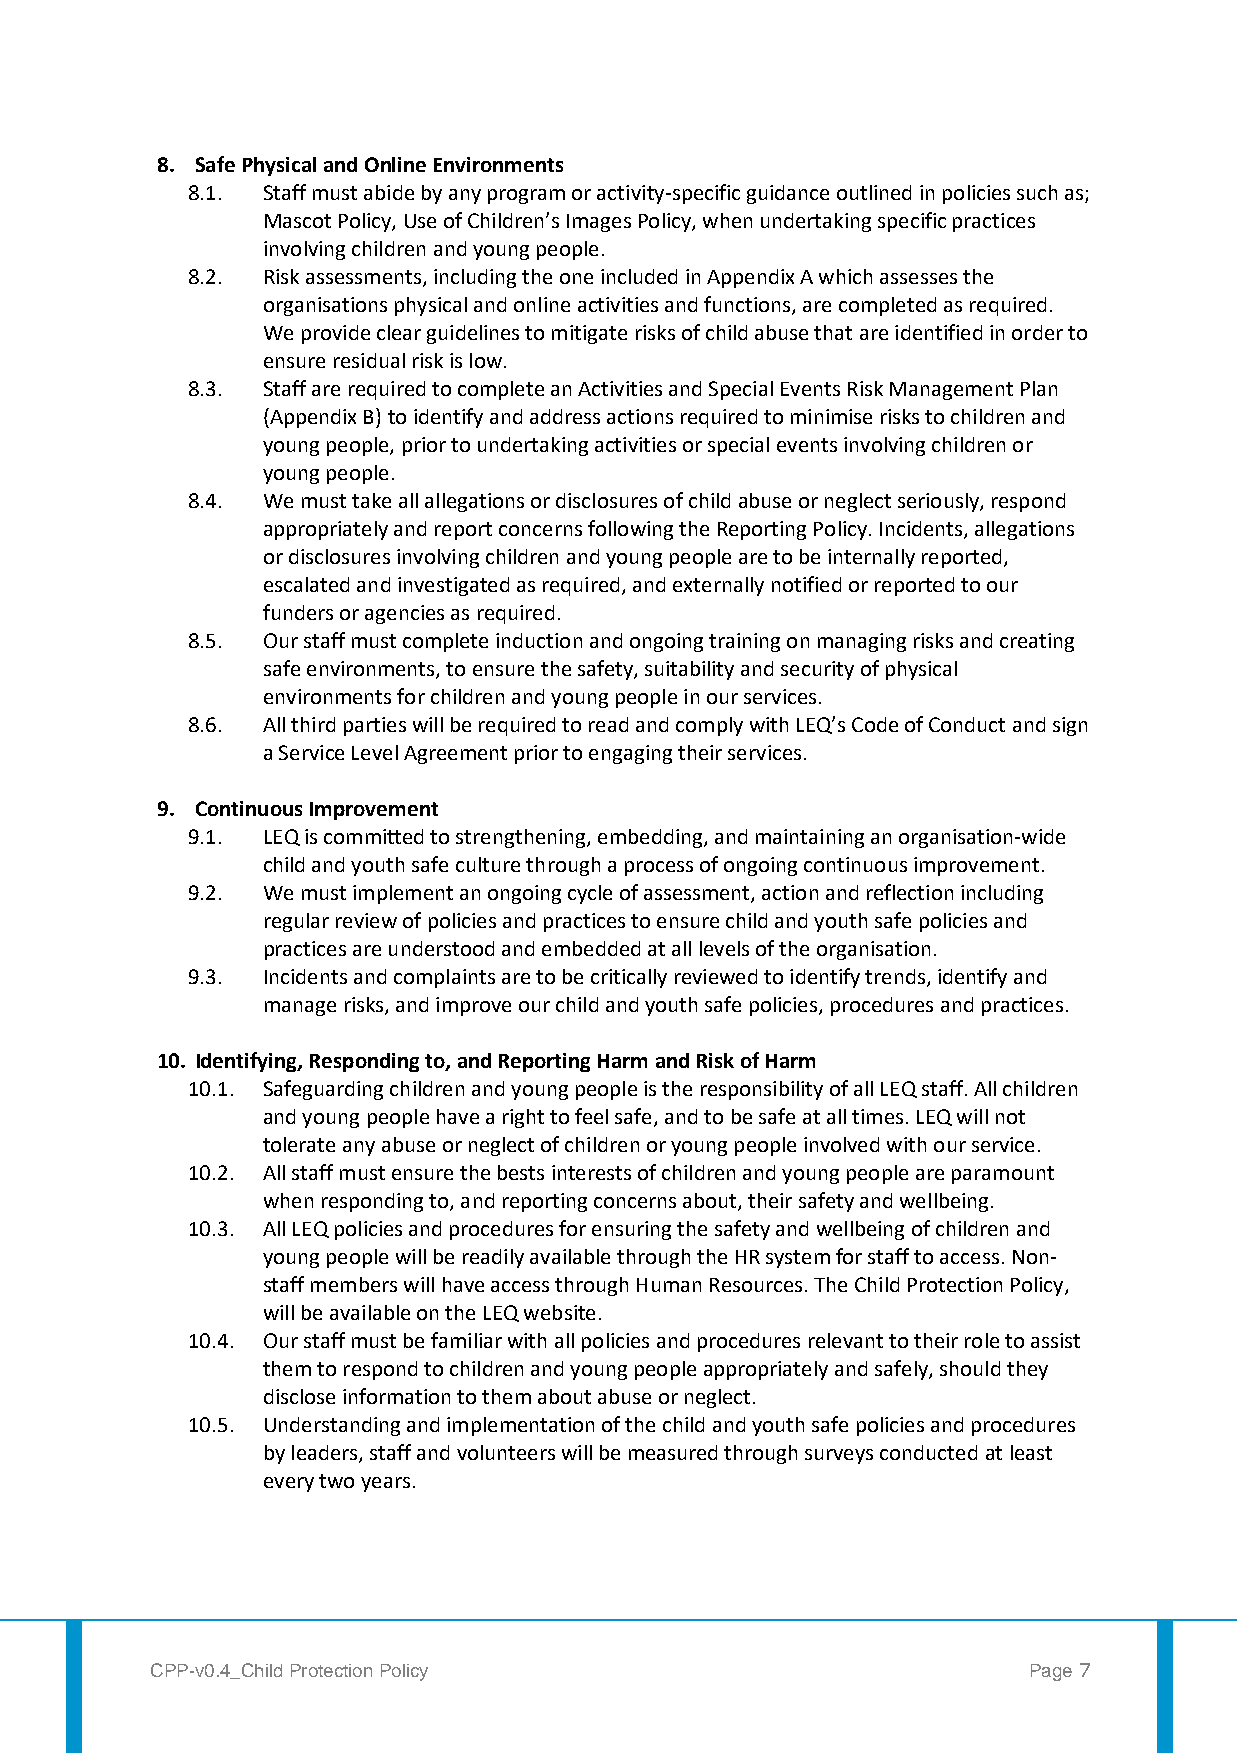
8. Safe Physical and Online Environments
 8.1. Staff must abide by any program or activity-specific guidance outlined in policies such as;
 Mascot Policy, Use of Children’s Images Policy, when undertaking specific practices
 involving children and young people.
 8.2. Risk assessments, including the one included in Appendix A which assesses the
 organisations physical and online activities and functions, are completed as required.
 We provide clear guidelines to mitigate risks of child abuse that are identified in order to
 ensure residual risk is low.
 8.3. Staff are required to complete an Activities and Special Events Risk Management Plan
 (Appendix B) to identify and address actions required to minimise risks to children and
 young people, prior to undertaking activities or special events involving children or
 young people.
 8.4. We must take all allegations or disclosures of child abuse or neglect seriously, respond
 appropriately and report concerns following the Reporting Policy. Incidents, allegations
 or disclosures involving children and young people are to be internally reported,
 escalated and investigated as required, and externally notified or reported to our
 funders or agencies as required.
 8.5. Our staff must complete induction and ongoing training on managing risks and creating
 safe environments, to ensure the safety, suitability and security of physical
 environments for children and young people in our services.
 8.6. All third parties will be required to read and comply with LEQ’s Code of Conduct and sign
 a Service Level Agreement prior to engaging their services.
 9. Continuous Improvement
 9.1. LEQ is committed to strengthening, embedding, and maintaining an organisation-wide
 child and youth safe culture through a process of ongoing continuous improvement.
 9.2. We must implement an ongoing cycle of assessment, action and reflection including
 regular review of policies and practices to ensure child and youth safe policies and
 practices are understood and embedded at all levels of the organisation.
 9.3. Incidents and complaints are to be critically reviewed to identify trends, identify and
 manage risks, and improve our child and youth safe policies, procedures and practices.
 10. Identifying, Responding to, and Reporting Harm and Risk of Harm
 10.1. Safeguarding children and young people is the responsibility of all LEQ staff. All children
 and young people have a right to feel safe, and to be safe at all times. LEQ will not
 tolerate any abuse or neglect of children or young people involved with our service.
 10.2. All staff must ensure the bests interests of children and young people are paramount
 when responding to, and reporting concerns about, their safety and wellbeing.
 10.3. All LEQ policies and procedures for ensuring the safety and wellbeing of children and
 young people will be readily available through the HR system for staff to access. Non-
 staff members will have access through Human Resources. The Child Protection Policy,
 will be available on the LEQ website.
 10.4. Our staff must be familiar with all policies and procedures relevant to their role to assist
 them to respond to children and young people appropriately and safely, should they
 disclose information to them about abuse or neglect.
 10.5. Understanding and implementation of the child and youth safe policies and procedures
 by leaders, staff and volunteers will be measured through surveys conducted at least
 every two years.
 CPP-v0.4_Child Protection Policy                          Page 7